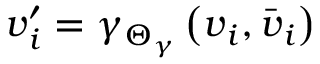
\boldsymbol { v } _ { i } ^ { \prime } = \gamma _ { \boldsymbol { \Theta } _ { \gamma } } \left( \boldsymbol { v } _ { i } , { \bar { \boldsymbol { v } } } _ { i } \right)